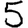
Digit: 5